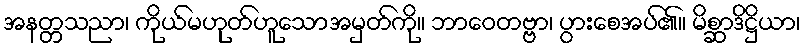
အနတ္တသညာ၊ ကိုယ်မဟုတ်ဟူသောအမှတ်ကို။ ဘာဝေတဗ္ဗာ၊ ပွားစေအပ်၏။ မိစ္ဆာဒိဋ္ဌိယာ၊